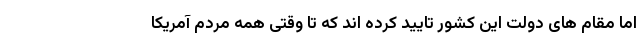
اما مقام های دولت این کشور تایید کرده اند که تا وقتی همه مردم آمریکا